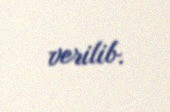
verilib.